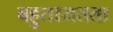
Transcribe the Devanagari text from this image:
बहुतायतता